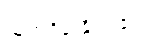
ယူကရိန်းနိုင်ငံ၏